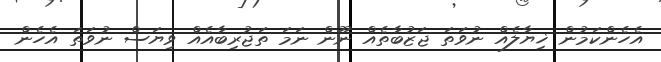
އެހެންކަމުން ޚިޔާލެއް ނުވަތަ ޖަޒުބާތެއް ނޫން ނަމަ ތަޖުރިބާއެއް ވިޔަސް ނުވަތަ އެހެން